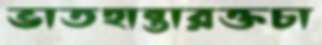
ভাতহান্তারক্তচা